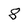
Character: 8